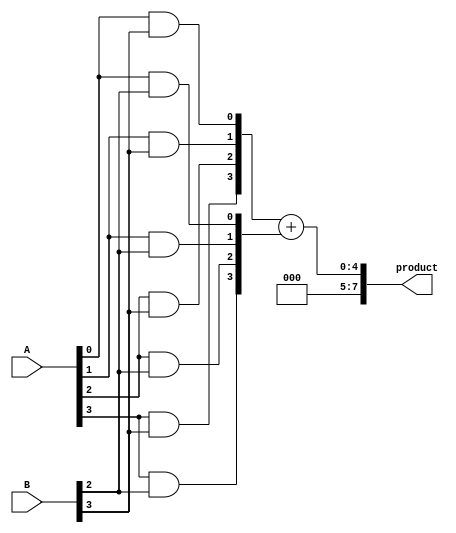
module dadda_multiplier #(parameter n = 4) (
    input [n-1:0] A,
    input [n-1:0] B,
    output reg [2*n-1:0] product
);

// Generate partial products
reg [n-1:0] pp [0:n-1]; // Partial products array

integer i, j;
always @(*) begin
    // Initialize partial products to zero
    for (i = 0; i < n; i = i + 1) begin
        pp[i] = {n{1'b0}};
        for (j = 0; j < n; j = j + 1) begin
            pp[i][j] = A[j] & B[i]; // AND to generate partial products
        end
    end
end

// Reduction tree structure
reg [2*n-1:0] sum [0:n-1]; // Intermediate sums
reg [2*n-1:0] carry [0:n-1]; // Carry bits
reg [2*n-1:0] final_sum;
reg [2*n-1:0] final_carry;

always @(*) begin
    // First stage of reduction
    for (i = 0; i < n; i = i + 1) begin
        {carry[i], sum[i]} = pp[i] + (i > 0 ? pp[i-1] : {2*n{1'b0}});
    end

    // Dadda reduction steps
    for (i = 0; i < n-1; i = i + 1) begin
        if (i < n-2) begin
            // Combine the results from the previous stage
            {final_carry, final_sum} = sum[i] + sum[i+1];
            sum[i+1] = final_sum;
            carry[i+1] = final_carry;
        end
    end

    // Final sum
    product = sum[n-1];
end

endmodule